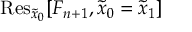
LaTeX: \mathrm { R e s } _ { \tilde { x } _ { 0 } } [ F _ { n + 1 } , \tilde { x } _ { 0 } = \tilde { x } _ { 1 } ]